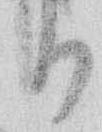
る